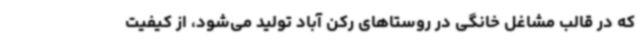
که در قالب مشاغل خانگی در روستاهای رکن آباد تولید می‌شود، از کیفیت